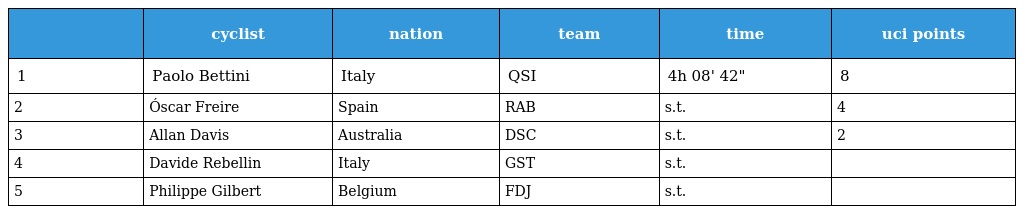
|  | cyclist | nation | team | time | uci points |
 | --- | --- | --- | --- | --- | --- |
 | 1 | Paolo Bettini | Italy | QSI | 4h 08' 42" | 8 |
 | 2 | Óscar Freire | Spain | RAB | s.t. | 4 |
 | 3 | Allan Davis | Australia | DSC | s.t. | 2 |
 | 4 | Davide Rebellin | Italy | GST | s.t. |  |
 | 5 | Philippe Gilbert | Belgium | FDJ | s.t. |  |